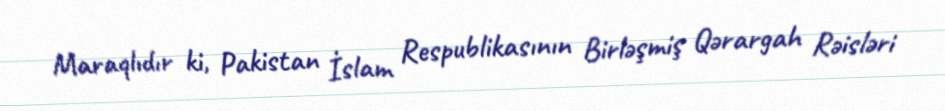
Maraqlıdır ki, Pakistan İslam Respublikasının Birləşmiş Qərargah Rəisləri